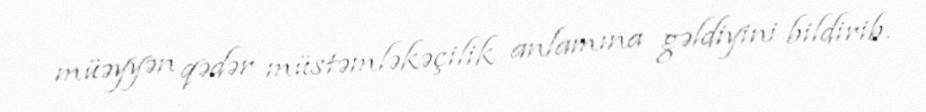
müəyyən qədər müstəmləkəçilik anlamına gəldiyini bildirib.